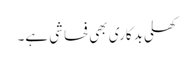
کھلی بدکاری بھی فحاشی ہے۔